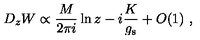
D _ { z } W \propto \frac { M } { 2 \pi i } \ln z - i \frac { K } { g _ { \mathrm { s } } } + O ( 1 ) \ ,